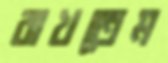
রাখতেম